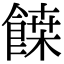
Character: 𩝀